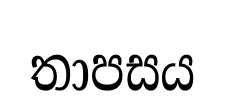
තාපසය